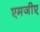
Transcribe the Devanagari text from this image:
एमजीए